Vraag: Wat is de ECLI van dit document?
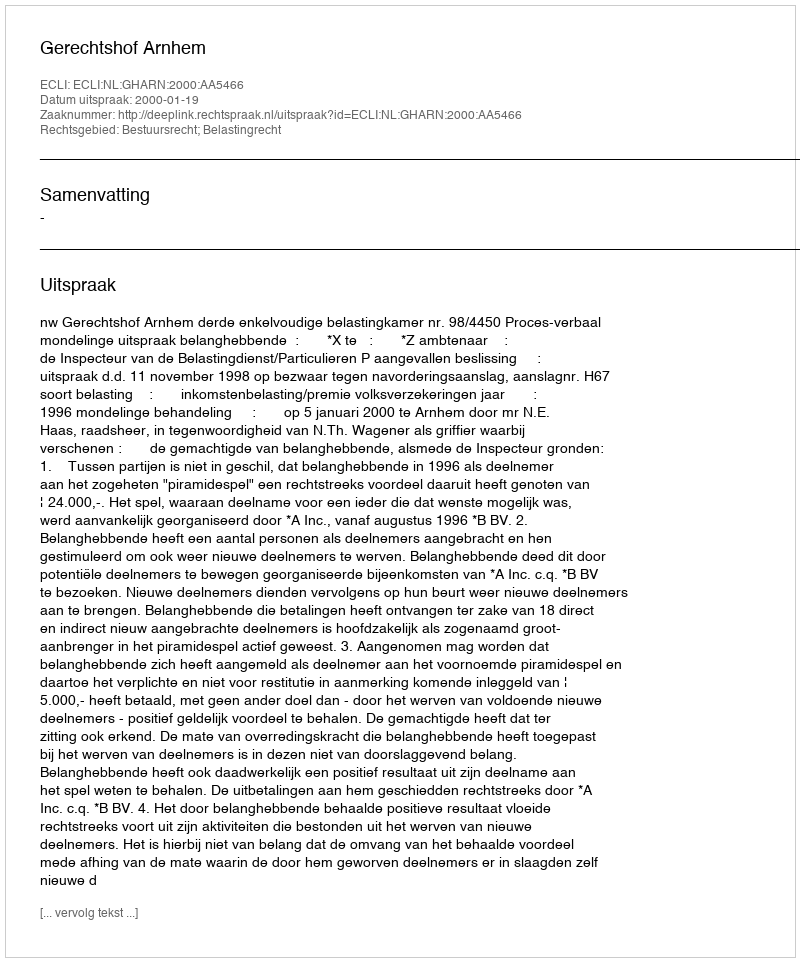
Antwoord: ECLI:NL:GHARN:2000:AA5466